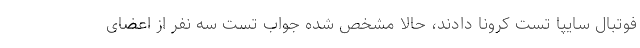
فوتبال سایپا تست کرونا دادند، حالا مشخص شده جواب تست سه نفر از اعضای